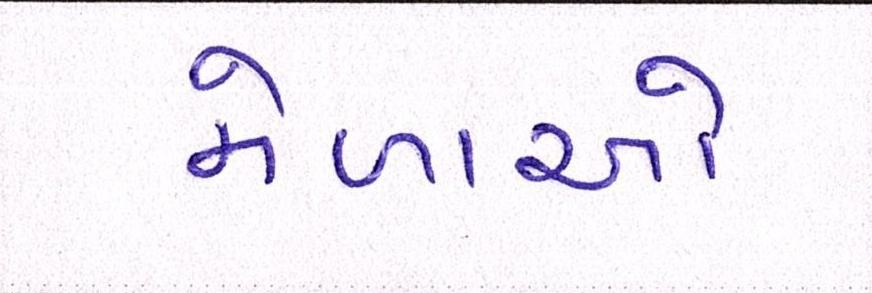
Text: મેળાઓ